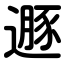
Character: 遯